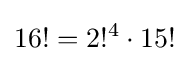
16!=2!^{4}\cdot 15!